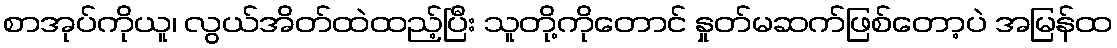
စာအုပ်ကိုယူ၊ လွယ်အိတ်ထဲထည့်ပြီး သူတို့ကိုတောင် နှုတ်မဆက်ဖြစ်တော့ပဲ အမြန်ထ